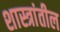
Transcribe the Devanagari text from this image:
शास्त्रांतील